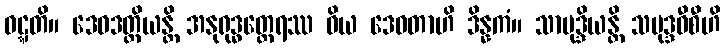
ဝဋ္ဋတိ။ ဒေဝဒတ္တိယန္တိ အနုရုဒ္ဓတ္ထေရဿ ဝိယ ဒေဝတာဟိ ဒိန္နကံ။ သာမုဒ္ဒိယန္တိ သမုဒ္ဒဝီစီဟိ